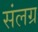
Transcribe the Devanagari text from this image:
संलग्र